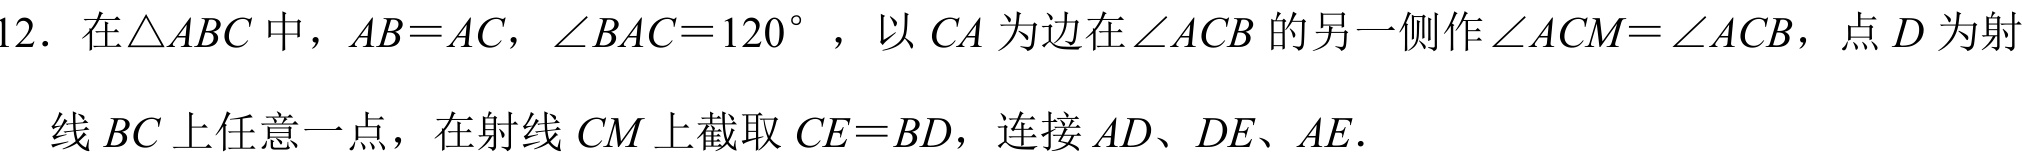
12. 在\(\triangle ABC\)中，\(AB = AC\)，\(\angle BAC = 120^{\circ}\)，以\(CA\)为边在\(\angle ACB\)的另一侧作\(\angle ACM=\angle ACB\)，点\(D\)为射线\(BC\)上任意一点，在射线\(CM\)上截取\(CE = BD\)，连接\(AD\)、\(DE\)、\(AE\).